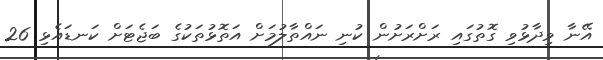
އޭނާ ވިދާޅުވި ގޮތުގައި ރަށްރަށުން ކުނި ނައްތާލުމަށް އަތޮޅުތަކުގެ ބަޖެޓަށް ކަނޑައެޅި 26